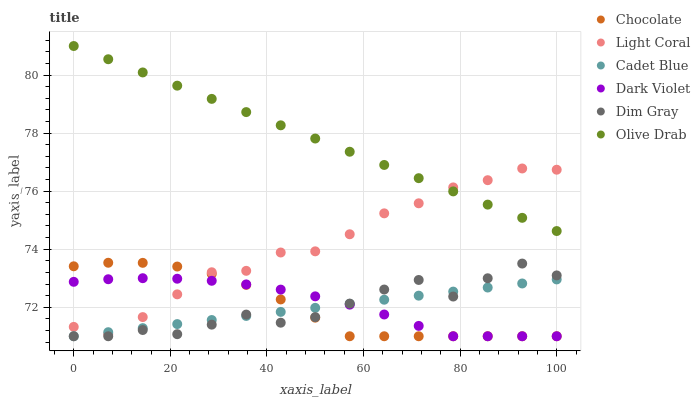
| xaxis_label | Chocolate | Light Coral | Cadet Blue | Dark Violet | Dim Gray | Olive Drab |
 | --- | --- | --- | --- | --- | --- | --- |
 | 0 | 73.4 | 71.3 | 71 | 72.9 | 71 | 81 |
 | 7.14 | 73.5 | 71.1 | 71.1 | 73 | 71 | 80.5 |
 | 14.3 | 73.5 | 71.7 | 71.3 | 73 | 71.2 | 80.1 |
 | 21.4 | 73.4 | 72.4 | 71.4 | 73 | 71.1 | 79.6 |
 | 28.6 | 73.1 | 73.2 | 71.6 | 72.9 | 71.4 | 79.2 |
 | 35.7 | 72.8 | 73.3 | 71.7 | 72.8 | 71.7 | 78.7 |
 | 42.9 | 72.3 | 73.9 | 71.8 | 72.6 | 71.5 | 78.3 |
 | 50 | 71.6 | 73.9 | 72 | 72.4 | 71.7 | 77.8 |
 | 57.1 | 71 | 74.5 | 72.1 | 72.1 | 72.1 | 77.4 |
 | 64.3 | 71 | 75.2 | 72.3 | 71.7 | 72.6 | 76.9 |
 | 71.4 | 71 | 75.6 | 72.4 | 71.4 | 72.9 | 76.4 |
 | 78.6 | 71 | 76.1 | 72.5 | 71 | 72.4 | 76 |
 | 85.7 | 71 | 76.4 | 72.7 | 71 | 73 | 75.5 |
 | 92.9 | 71 | 76.8 | 72.8 | 71 | 73.5 | 75.1 |
 | 100 | 71 | 76.7 | 73 | 71 | 73.1 | 74.6 |